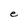
Character: e